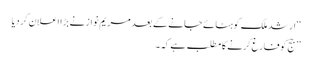
‘‘ ارشد ملک کو ہٹائے جانے کے بعد مریم نواز نے بڑا اعلان کردیا
’’ جج کو فارغ کرنے کا مطلب ہے کہ ۔